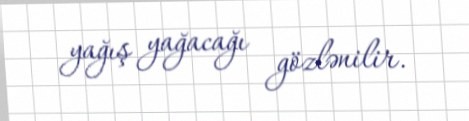
yağış yağacağı gözlənilir.